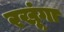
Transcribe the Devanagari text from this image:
रखूंगा